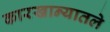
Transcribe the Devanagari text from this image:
कारखान्यातले